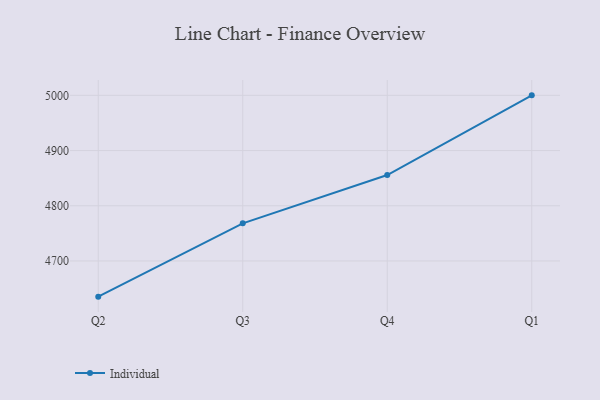
{"axis": {"x": "Quarter", "y": "Market Share (%)"}, "legend": ["Individual"], "data": [{"x": "Q2", "y": 4635.4, "type": "Individual"}, {"x": "Q3", "y": 4768.2, "type": "Individual"}, {"x": "Q4", "y": 4855.6, "type": "Individual"}, {"x": "Q1", "y": 5000, "type": "Individual"}]}